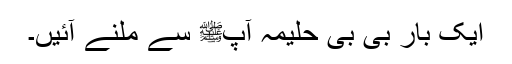
ایک بار بی بی حلیمہ آپﷺ سے ملنے آئیں۔